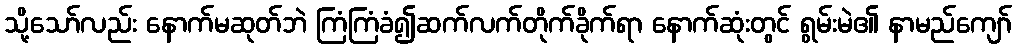
သို့သော်လည်း နောက်မဆုတ်ဘဲ ကြံကြံခံ၍ဆက်လက်တိုက်ခိုက်ရာ နောက်ဆုံးတွင် ရွမ်းမဲ၏ နာမည်ကျော်